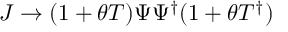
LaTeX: J \rightarrow ( 1 + \theta T ) \Psi \Psi ^ { \dagger } ( 1 + \theta T ^ { \dagger } )